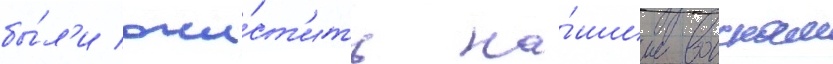
бы́л'и очи́ст'ить на́шим воискам